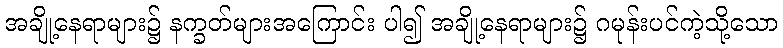
အချို့နေရာများ၌ နက္ခတ်များအကြောင်း ပါ၍ အချို့နေရာများ၌ ဂမုန်းပင်ကဲ့သို့သော